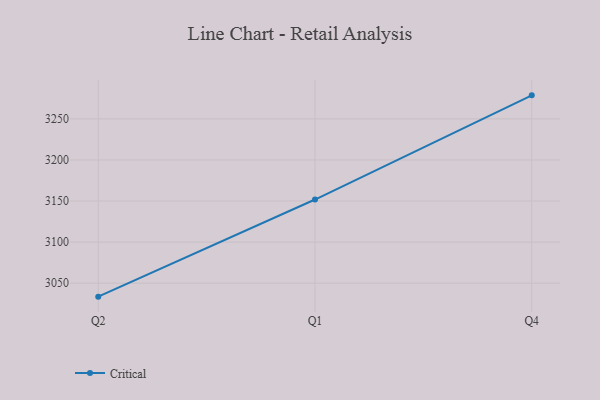
{"axis": {"x": "Quarter", "y": "Budget (USD K)"}, "legend": ["Critical"], "data": [{"x": "Q2", "y": 3033.6, "type": "Critical"}, {"x": "Q1", "y": 3151.8, "type": "Critical"}, {"x": "Q4", "y": 3278.6, "type": "Critical"}]}